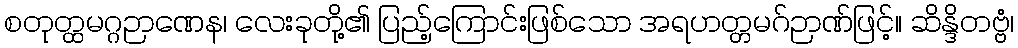
စတုတ္ထမဂ္ဂဉာဏေန၊ လေးခုတို့၏ ပြည့်ကြောင်းဖြစ်သော အရဟတ္တမဂ်ဉာဏ်ဖြင့်။ ဆိန္ဒိတဗ္ဗံ၊